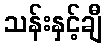
သန်းနှင့်ချီ